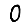
Digit: 0